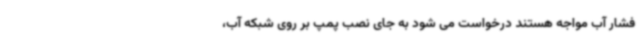
فشار آب مواجه هستند درخواست می شود به جای نصب پمپ بر روی شبکه آب،